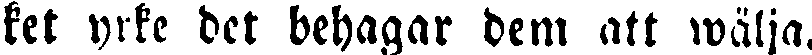
ket yrke det behagar dem att wälja.